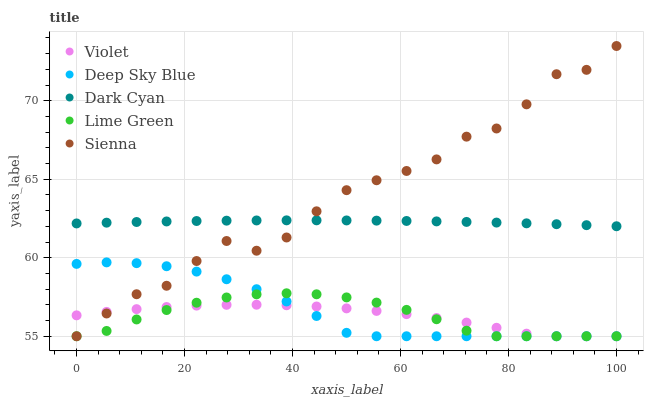
| xaxis_label | Violet | Deep Sky Blue | Dark Cyan | Lime Green | Sienna |
 | --- | --- | --- | --- | --- | --- |
 | 0 | 56.3 | 59.6 | 62.2 | 55 | 55 |
 | 5.56 | 56.6 | 59.7 | 62.2 | 55.3 | 56.5 |
 | 11.1 | 56.7 | 59.7 | 62.3 | 56.1 | 57.7 |
 | 16.7 | 56.9 | 59.5 | 62.3 | 56.7 | 58.2 |
 | 22.2 | 57 | 59.1 | 62.3 | 57.1 | 59.8 |
 | 27.8 | 57 | 58.6 | 62.4 | 57.5 | 61.1 |
 | 33.3 | 57 | 58 | 62.4 | 57.7 | 60.4 |
 | 38.9 | 57 | 57.2 | 62.4 | 57.7 | 61.3 |
 | 44.4 | 56.9 | 56.3 | 62.4 | 57.7 | 63 |
 | 50 | 56.8 | 55.2 | 62.4 | 57.5 | 64.3 |
 | 55.6 | 56.6 | 55 | 62.4 | 57.1 | 64.9 |
 | 61.1 | 56.4 | 55 | 62.3 | 56.7 | 65.5 |
 | 66.7 | 56.2 | 55 | 62.3 | 56.1 | 66.3 |
 | 72.2 | 55.9 | 55 | 62.3 | 55.4 | 67.7 |
 | 77.8 | 55.5 | 55 | 62.2 | 55 | 68.2 |
 | 83.3 | 55.2 | 55 | 62.2 | 55 | 69.8 |
 | 88.9 | 55 | 55 | 62.1 | 55 | 71.7 |
 | 94.4 | 55 | 55 | 62.1 | 55 | 72 |
 | 100 | 55 | 55 | 62 | 55 | 73.5 |